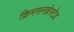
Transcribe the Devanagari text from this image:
क्रिमसनब्रेस्टेड